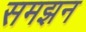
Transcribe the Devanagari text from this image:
समझन